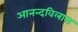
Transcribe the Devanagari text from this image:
आनन्दविलास